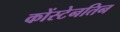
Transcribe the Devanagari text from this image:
कोंस्टेनतिन